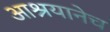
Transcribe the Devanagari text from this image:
आश्रयानेच